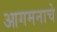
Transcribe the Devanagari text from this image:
आगमनाचे